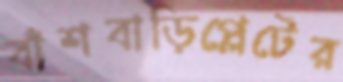
বাঁশবাড়িপ্লেটের